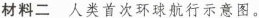
材料二 人类首次环球航行示意图。